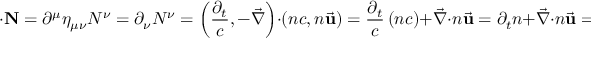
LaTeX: \mathbf { \partial } \cdot \mathbf { N } = \partial ^ { \mu } \eta _ { \mu \nu } N ^ { \nu } = \partial _ { \nu } N ^ { \nu } = \left( { \frac { \partial _ { t } } { c } } , - { \vec { \nabla } } \right) \cdot \left( n c , n { \vec { \mathbf { u } } } \right) = { \frac { \partial _ { t } } { c } } \left( n c \right) + { \vec { \nabla } } \cdot n { \vec { \mathbf { u } } } = \partial _ { t } n + { \vec { \nabla } } \cdot n { \vec { \mathbf { u } } } = 0